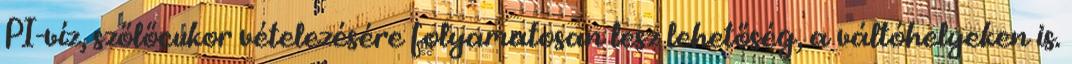
PI-víz, szőlőcukor vételezésére folyamatosan lesz lehetőség, a váltóhelyeken is.